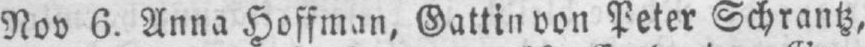
Nov 6. Anna Hoffman, Gattin von Peter Schrantz,